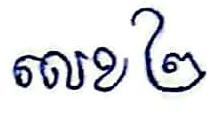
លេខ ២